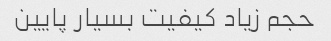
حجم زیاد کیفیت بسیار پایین